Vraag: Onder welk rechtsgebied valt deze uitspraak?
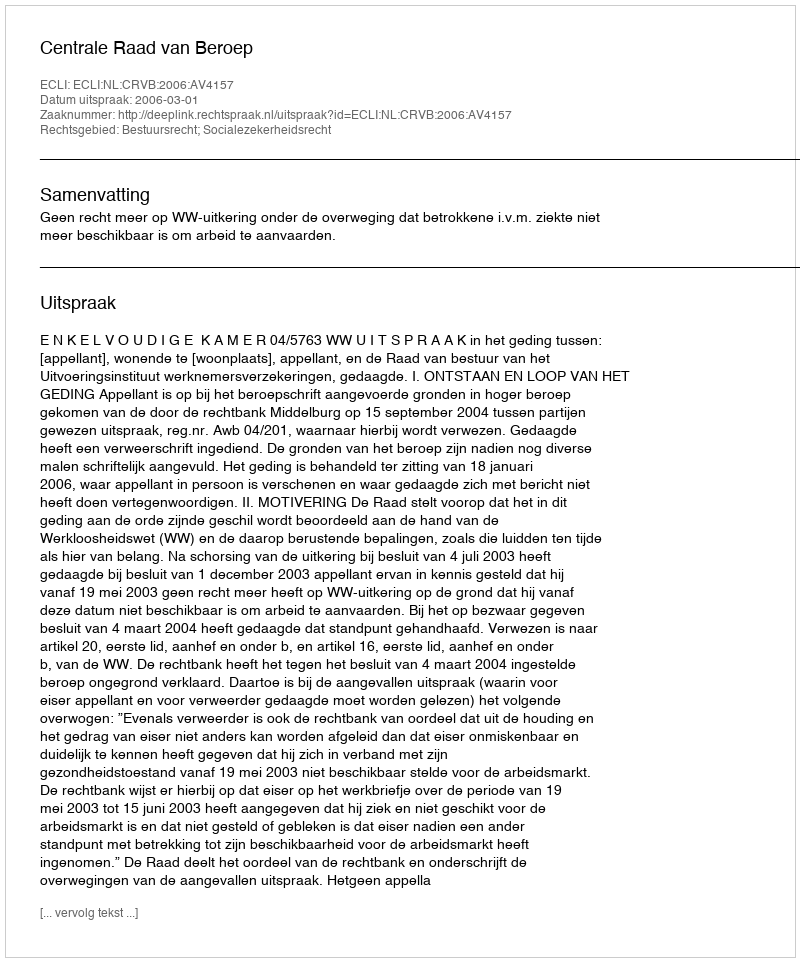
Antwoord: Bestuursrecht; Socialezekerheidsrecht